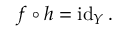
f \circ h = \operatorname { i d } _ { Y } .